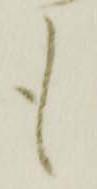
も